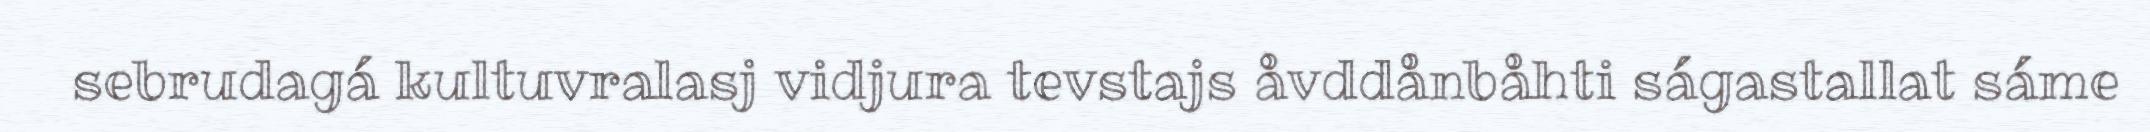
sebrudagá kultuvralasj vidjura tevstajs åvddånbåhti ságastallat sáme